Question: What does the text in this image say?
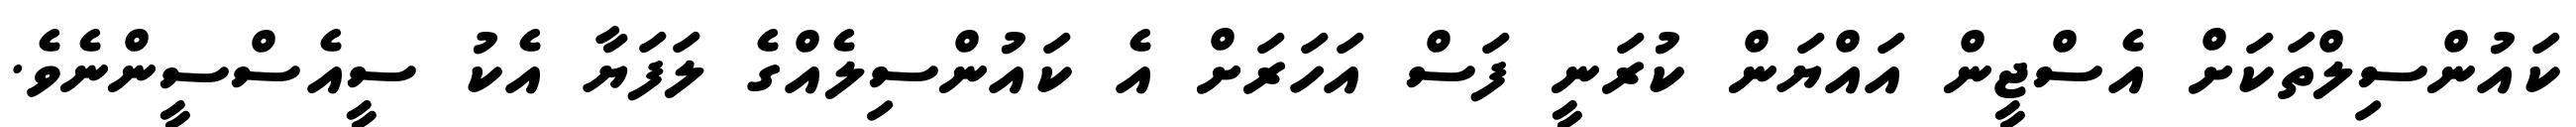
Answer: ކައުންސިލްތަކަށް އެސްޖީން އައްޔަން ކުރަނީ ފަސް އަހަރަށް އެ ކައުންސިލެއްގެ ލަފަޔާ އެކު ސީއެސްސީންނެވެ.